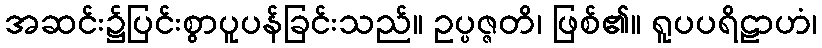
အဆင်း၌ပြင်းစွာပူပန်ခြင်းသည်။ ဥပ္ပဇ္ဇတိ၊ ဖြစ်၏။ ရူပပရိဠာဟံ၊